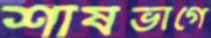
শীর্ষভাগে